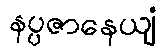
နပ္ပဇာနေယျံ